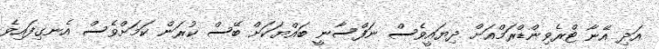
އަދި އޭނާ ޓްރެވިންޑްރަމްއަށް ދިޔައީވެސް ނަފްސާނީ ބައްޔަކަށް ބޭސް ކުރަން ކަމަށްވެސް އެނގިފައިވެ